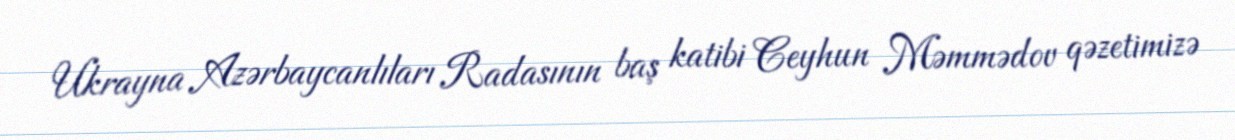
Ukrayna Azərbaycanlıları Radasının baş katibi Ceyhun Məmmədov qəzetimizə